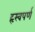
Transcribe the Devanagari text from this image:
हृस्वपर्ण